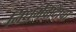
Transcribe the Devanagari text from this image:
निधर्मवादाचा